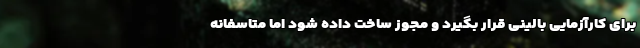
برای کارآزمایی بالینی قرار بگیرد و مجوز ساخت داده شود اما متاسفانه